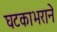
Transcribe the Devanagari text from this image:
घटकाभराने